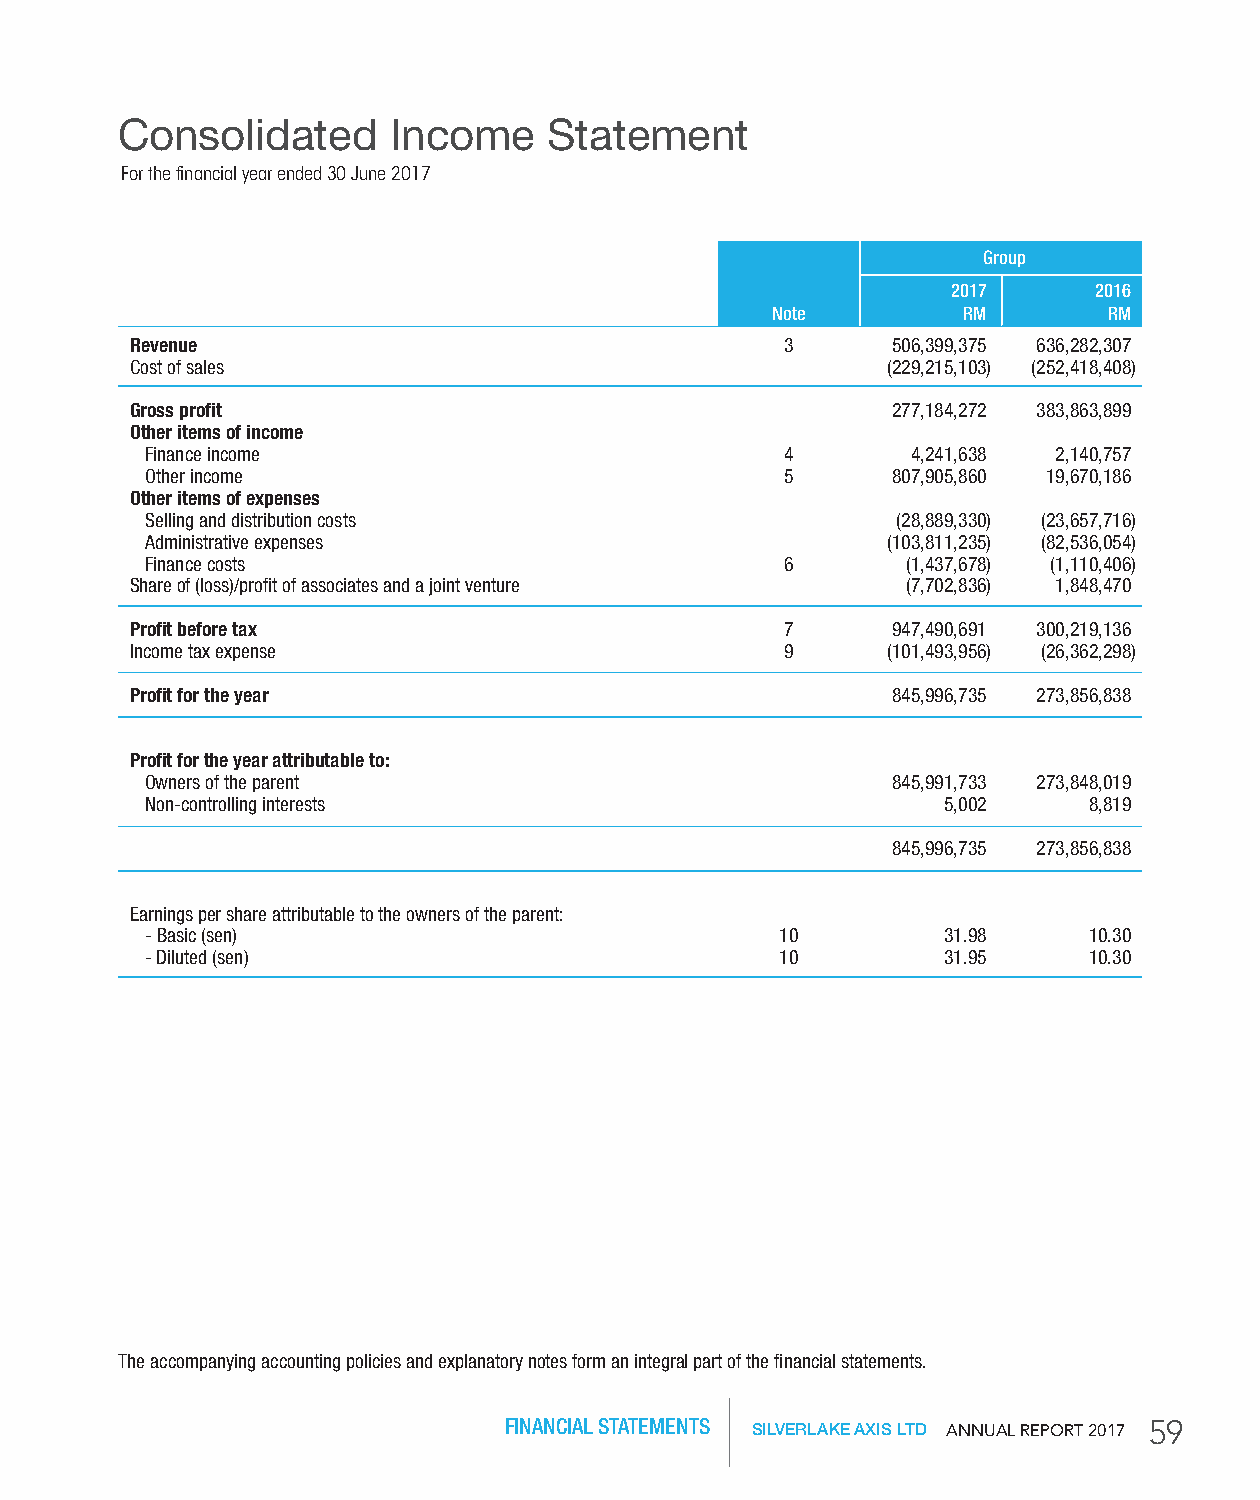
Consolidated      Income    Statement
 For the financial year ended 30 June 2017
 group
 2017      2016
 Note         rM       rM
 revenue                                    3      506,399,375 636,282,307
 Cost of sales                                     (229,215,103) (252,418,408)
 Gross profit                                      277,184,272 383,863,899
 other items of income
 Finance income                            4       4,241,638 2,140,757
 Other income                              5      807,905,860 19,670,186
 other items of expenses
 Selling and distribution costs                   (28,889,330) (23,657,716)
 Administrative expenses                          (103,811,235) (82,536,054)
 Finance costs                             6       (1,437,678) (1,110,406)
 Share of (loss)/profit of associates and a joint venture (7,702,836) 1,848,470
 Profit before tax                          7      947,490,691 300,219,136
 Income tax expense                         9      (101,493,956) (26,362,298)
 Profit for the year                               845,996,735 273,856,838
 Profit for the year attributable to:
 Owners of the parent                             845,991,733 273,848,019
 Non-controlling interests                           5,002     8,819
 845,996,735 273,856,838
 Earnings per share attributable to the owners of the parent:
 - Basic (sen)                             10        31.98     10.30
 - Diluted (sen)                           10        31.95     10.30
 The accompanying accounting policies and explanatory notes form an integral part of the financial statements.
 FINANCIAL STATEMENTS SILVERLAKE AXIS LTD AnnuAl RepoRt 2017 59